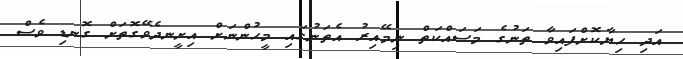
އަދި ހިޔާކޮށްފައިވާ ތަނުގެ މަސައްކަތް ނިމޭއިރު އެތަނުގައި މީހުންނަށް އިށީނދެވޭގޮތަށް ގޮނޑި ވެސް